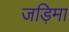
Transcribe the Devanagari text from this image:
जड़िमा